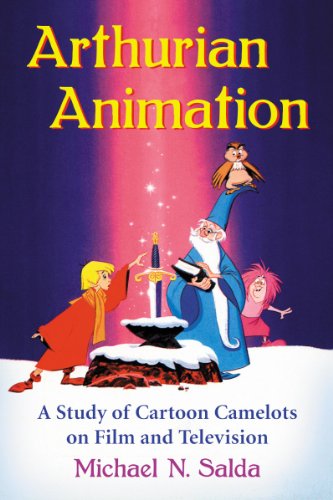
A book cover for Arthurian Animation: A Study of Cartoon Camelots on Film and Television; Michael N. Salda; Humor & Entertainment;